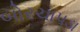
બોરચાપડા